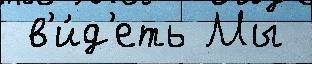
 в'и́д'еть Мы